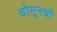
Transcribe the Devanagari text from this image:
चोसूनची